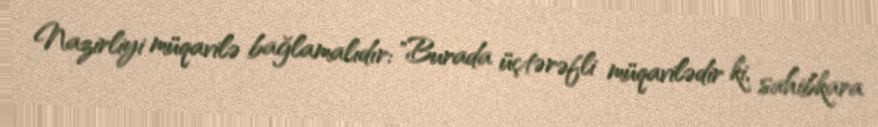
Nazirliyi müqavilə bağlamalıdır: "Burada üçtərəfli müqavilədir ki, sahibkara